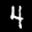
Label: 4